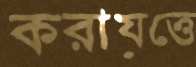
করায়ত্তে